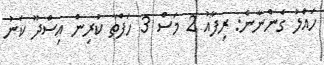
ހައްލު ގެންނާނެ: ރިފާއު 2 މަސް 3 ހަފްތާ ކުރިން އިސްދޫ ކަނު